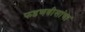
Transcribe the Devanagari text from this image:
फडणवीसांचा